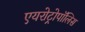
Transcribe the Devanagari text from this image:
एयरोट्रोपॉलिस